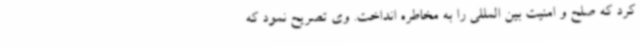
کرد که صلح و امنیت بین المللی را به مخاطره انداخت. وی تصریح نمود که